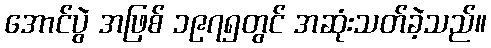
အောင်ပွဲ အဖြစ် ၁၉၇၅တွင် အဆုံးသတ်ခဲ့သည်။